Vital statistics of India. Vol. IV, Annual returns from 1871 to 1876. British Army of India, Native Army and jails of Bengal
Year: 1871
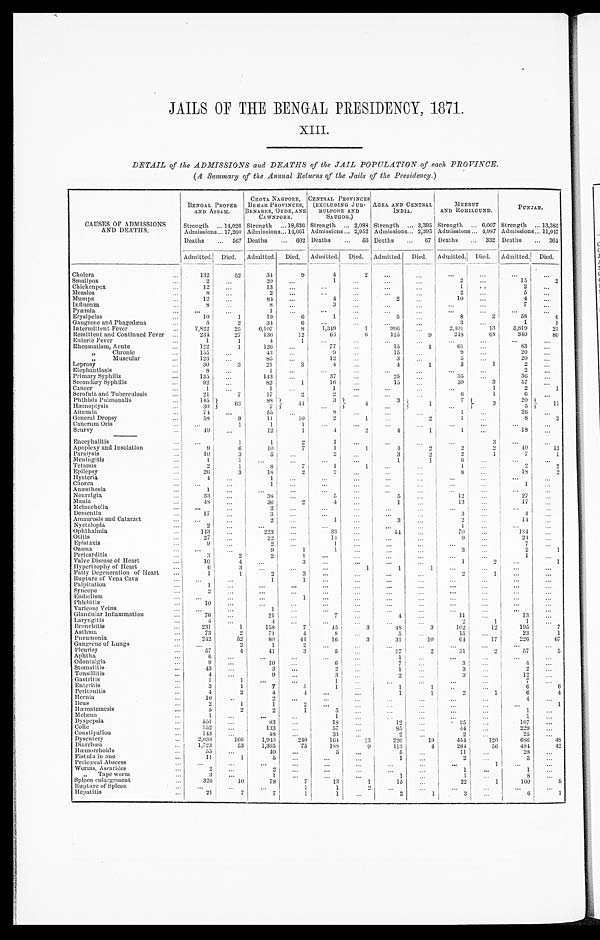
JAILS OF THE BENGAL PRESIDENCY, 1871.
XIII.
DETAIL of the ADMISSIONS and DEATHS of the JAIL POPULATION of each PROVINCE.
(A Summary of the Annual Returns of the Jails of the Presidency.)
CAUSES OF ADMISSIONS
AND DEATHS.
BENGAL PROPER
AND ASSAM.
Strength ... 14,026
Admissions...17,260
Deaths
... 567
CHOTA NAGPORE, BEHAR
PROVINCES,
BENARES, OUDE, AND
CAWNPORE.
Strength ... 18,636
Admissions... 14,661
Deaths
. . .
6 0 2
CENTRAL PROVINCES
(EXCLUDING JUBBULPORE
BULPORE AND
SAUGOR.)
Strength ... 2088
Admissions ... 2,952
Deaths
... 56
AGRA AND CENTRAL
INDIA.
Strength ... 3,395
Admissions... 2,395
Deaths
...
6 7
MEERUT
AND ROHILOUND.
Strength ... 6,007
Admissions ... 4,987
Deaths
... 332
PUNJAB.
Strength ... 13,385
Admissions ... 11,047
Deaths
... 364
Admitted. Died. Admitted. Died. Admitted. Died. Admitted. Died. Admitted. Died. Admitted. Died.
Cholera
...
132
52
34
9
4
2
...
. . .
. . .
...
...
. . .
Smallpox
...
2
. . .
20
...
1
. . .
. . . ...
2
. . .
15
2
Chickenpox
. . .
12
. . .
13
...
. . . ...
. . .
. . .
1
. . .
2
. . .
Measles
. . .
8
. . .
2
...
...
...
. . . ...
2
...
5
. . .
Mumps
. . .
12
. . .
84
...
4
...
2
...
10
...
4
. . .
Influenza
. . .
8
. . .
8
. . .
3
...
...
...
...
...
7
. . .
Pyæmia
. . .
...
. . .
1
...
. . .
. . .
. . . ...
. . .
...
. . .
. . .
Erysipelas
. . .
10
1
19
6
1
. . .
5 ...
8
2
58
6
Gangrene and Phagedæna
...
5
2
34
6
. . .
. . . ...
...
3
...
1
1
Intermittent Fever
...
7,822
25
6,107
8
1,349
1
996 ...
2,401
13
5,819
21
Remittent and Continued Fever
. . .
234
27
136
12
63
6
125
9
248
68
340
80
Enteric Fever
. . .
1
1
4
1
...
...
...
. . . ...
...
...
. . .
Rheumatism, Acute
. . .
122
1
126
. . .
77
. . .
15
1
61
...
83
. . .
,,C h r o n i c
...
155
...
43
. . .
9
...
15
. . .
9
...
20
. . .
, , M u s c u l a r
...
123
...
85
. . .
12
. . .
3
...
5
...
20
. . .
Leprosy
...
30
3
21
3
4
...
4 1
3
1
2
. . .
Elephantiasis
. . .
8
...
1
...
. . . ...
. . . ...
...
...
2
...
Primary Syphilis
. . .
135
...
143
. . .
37
...
25
...
35
. . .
36
...
Secondary Syphilis
. . .
92
...
82
1
16
...
15
...
39
3
57
. . .
Cancer
...
1
. . .
1
. . .
1
...
...
...
...
1
2
1
Scrofula and Tubereulosis
...
21
7
17
2
2
. . . ...
...
6
1
6
. . .
Phthisis Pulmonalis
...
145
63
88
44
3 4
3 1
7
3
20
11
Hæmoptysis
. . .
30
7
. . .
. . .
...
5
Anæmia
. . .
74
...
5 5 . . .
8 ...
. . .
..
1
...
26
...
General Dropsy
...
58
9
11
10
2
1
. . .
2
1
. . .
8
3
Cancrum Oris
. . . ...
1
1
1
...
...
. . . ...
...
...
...
. . .
Scurvy
. . .
49
...
12
1
4
2
4 1
1
. . .
18
...
Encephalitis
. . .
...
1
1
2
1
...
. . .
...
...
3
...
. . .
Apoplexy and Insolation
...
9
6
10
7
1
1
4
2
2
2
40
13
Paralysis
...
1 0
3
5
...
2
. . .
3
2
2
1
7
1
Meningitis
. . .
1
1
...
. . .
...
...
1
1
6
...
. . .
...
Tetanus
. . .
2
1
8
7
1
1
...
...
1
. . .
2
2
Epilepsy
...
26
3
1 8
2
2
. . .
. . . ...
8
...
18
2
Hysteria
. . .
4
. . .
1
...
. . . ...
...
...
. . . ...
...
. . .
Chorea
...
. . .
...
1
. . .
...
. . .
. . . ...
. . .
. . .
1
. . .
Anæsthesia
...
1
...
. . . ...
...
...
...
...
...
...
...
...
Neuralgia
. . .
33
...
38
...
5
...
5 ...
12
. . .
27
...
Mania
...
48
. . .
36
2
4
...
1
...
13
...
17
. . .
Melancholia
...
...
. . .
2
...
...
...
...
...
...
. . .
. . .
...
Dementia
...
17
...
3
...
...
...
...
...
3
...
4
. . .
Amaurosis and Cataract
. . .
...
...
2
. . .
1
...
3
...
2
. . .
14
...
Nyctalopia
...
2
...
...
...
. . .
. . .
... ...
1
...
...
...
Ophthalmia
. . .
1 4 3
. . .
223
. . .
33
. . .
54 ...
70
...
184
...
Otitis
...
2 7
. . .
22
...
14
...
. . .
...
9
...
24
. . .
Epistaxis
. . .
9
. . .
2
. . .
1
. . .
. . . ...
. . .
. . .
7
. . .
Ozœna
. . .
...
...
9
1
1
...
. . .
. . .
3
. . .
2
1
Pericarditis
...
3
2
2
1
. . .
...
. . .
. . . . . .
. . .
1
. . .
Valve Disease of Heart
. . .
10
4
...
3
...
. . .
. . . ...
1
2
...
1
Hypertrophy of Heart
...
6
3
. . .
...
...
1
1 1
...
. . .
...
...
Fatty Degeneration of Heart
...
1
1
2
3
...
...
. . .
. . .
2
1
...
...
Rupture, of Vena Cava
. . .
...
...
1
1
...
. . .
... ...
. . .
. . .
...
. . .
Palpitation
...
1
. . .
...
. . .
. . .
. . .
. . .
. . .
. . .
. . .
. . .
...
Syncope
...
2
. . .
...
. . .
. . .
. . .
. . .
. . .
. . .
. . .
. . .
. . .
Embolism
...
...
. . .
. . .
1
. . .
. . .
. . .
. . . . . .
. . .
. . .
. . .
Phlebitis
...
10
...
. . .
. . .
. . .
. . .
. . .
. . .
. . .
. . .
...
. . .
Varicose Veins
. . .
...
...
1
. . .
. . .
. . .
. . .
. . .
. . .
. . .
. . .
. . .
Glandular Inflammation
. . .
76
. . .
21
. . .
7
...
4
...
11
. . .
13
...
Laryngitis
. . .
4
. . .
4
. . .
...
. . .
. . .
...
2
1
1
. . .
B r o n c h i t i s
...
231
1
158
7
45
3
48
3
102
12
195
7
Asthma
. . .
73
2
71
4
8
. . .
5
. . .
15
. . .
23
1
Pneumonia
...
242
52
80
44
1 6
3
31
10
64
17
226
67
Gangrene of Lungs
. . .
...
2
1
2
. . .
. . .
. . .
. . .
. . .
. . .
...
. . .
Pleurisy
...
5 7
4
41
3
5
...
57
2
31
2
57
5
Aphtha
. . .
6
. . .
. . .
. . .
...
...
1
...
...
...
...
...
Odontalgia
. . .
9
. . .
10
. . .
6
. . .
7
...
3
. . .
4
...
Stomatitis
. . .
43
. . .
3
...
2
. . .
1 ...
3
. . .
2
. . .
Tonsillitis
...
4
...
9
. . .
3
. . .
2
...
3
. . .
12
. . .
Gastritis
...
1
1
. . . ...
1
. . .
...
...
. . .
. . .
7
. . .
Enteritis
. . .
3
1
7
5
1
. . .
1 1
. .
. . .
6
6
Peritonitis
... 4
2
4
4
. . .
...
1 1
2
1
6
4
Hernia
. . .
10
..
2
. . .
. . .
. . .
...
...
...
. . .
4
...
Heus
...
2
l
1
2
...
. . .
. . . ...
. . .
. . .
...
1
Hæmatemesis
. . .
5
2
2
1
5
. . .
. . . ...
. . .
. . .
1
. . .
Melæna
...
1
. . .
...
...
1
. . .
. . .
...
. . .
. . .
1
. . .
Dyspepsia
. . .
551
. . .
83
. . .
18
. . .
12
. . .
2 5
. . .
167
. . .
Colic
...
152
. . .
133
. . .
57
...
85 ...
44
...
229
...
Constipation
. . .
143
. . .
48
...
34
. . .
2 ...
2
. . .
25
...
Dysentery
. . .
2,038
166
1,943
240
164
1 3
226
19
454
120
686
48
Diarrhœa
. . .
1,723
53
1,365
75
188
9
113
4
284
56
484
42
Hæmorrhoids
. . .
55
. . .
40
...
5
...
5
. . .
11
. . .
28
...
Fistula in ano
. . .
1 1
1
5
...
...
...
1
...
2
. . .
3
. . .
Perieœal Abscess
. . .
...
. . .
. . .
. . .
. . .
. . .
. . .
...
. . .
1
...
. . .
Worms, Asearides
. . .
2
. . .
2
. . .
. . .
. . .
. . .
...
1
. . .
1
. . .
„ Tape worm
. . .
3
. . .
1
...
. . .
. . .
1
...
1
...
8
...
Spleen enlargement
. . .
326
10
78
7
13
1
15
. . .
22
1
100
5
Rupture of Spleen
. . .
. . .
. . .
...
1
1
2
. . .
...
. . .
. . .
...
...
Hepatitis
. . .
21
7
7
1
1 ...
2
1
3
...
6
1